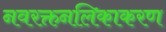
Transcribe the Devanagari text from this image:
नवरक्तनलिकाकरण